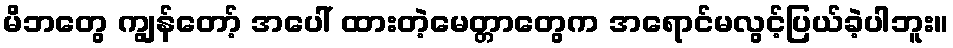
မိဘတွေ ကျွန်တော့် အပေါ် ထားတဲ့မေတ္တာတွေက အရောင်မလွင့်ပြယ်ခဲ့ပါဘူး။